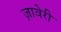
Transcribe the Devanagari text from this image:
ज़ावेरी